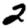
Digit: 2